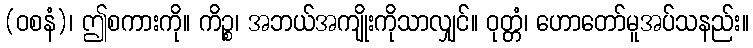
(ဝစနံ)၊ ဤစကားကို။ ကိဉ္စ၊ အဘယ်အကျိုးကိုသာလျှင်။ ဝုတ္တံ၊ ဟောတော်မူအပ်သနည်း။